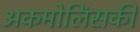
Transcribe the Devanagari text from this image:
अकमोलिंसकी